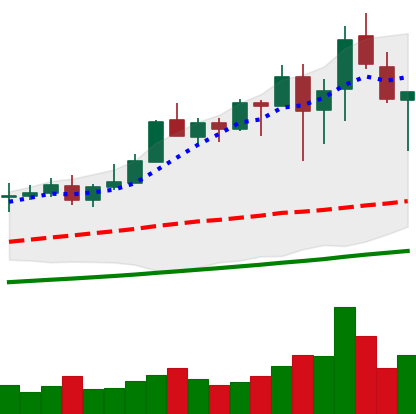
Ticker: XMR-USD
Chart end date: 2021-04-23
Forward return: 16.793%
Label: up_7plus